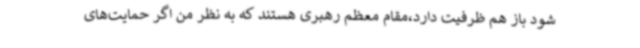
شود باز هم ظرفیت دارد،مقام معظم رهبری هستند که به نظر من اگر حمایت‌های